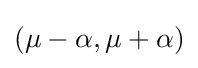
\textstyle (\mu -\alpha ,\mu +\alpha )